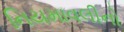
નિયમાવલીનો